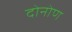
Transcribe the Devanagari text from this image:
दोनोण